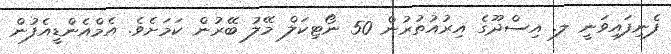
ފެނިފައިވަނީ ލ. އިސްދޫގެ އިރުއުތުރުން 50 ނޯޓިކަލް މޭލު ބޭރުން ކަމަށެވެ. އެމްއެންޑީއެފުން